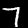
Label: 7